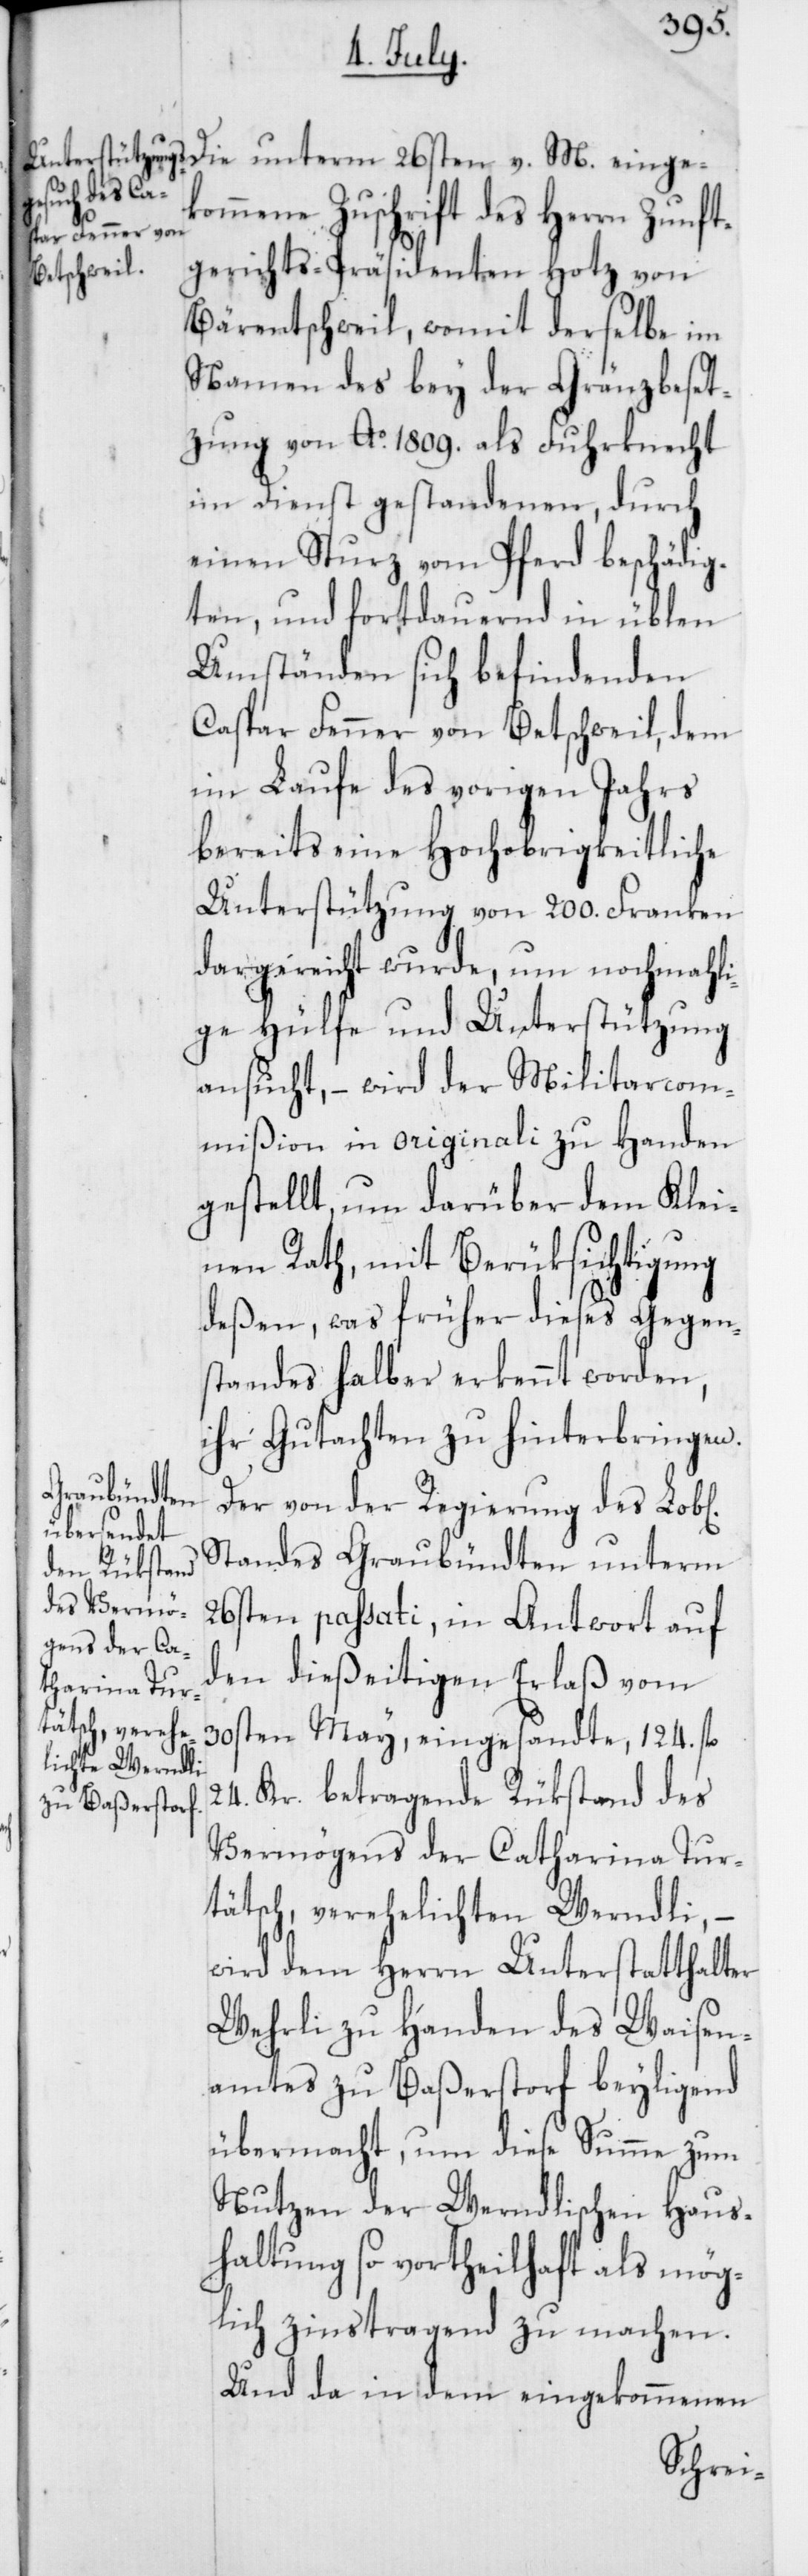
ichen]

Die unterm 26sten v. M. einge¬
kommene Zuschrift des Herrn Zunft¬
gerichts-Präsidenten Hotz von
Bärentschweil, womit derselbe im
Namen des bey der Gränzbeset¬
zung von Ao. 1809. als Fuhrknecht
im Dienst gestandenen, durch
einen Sturz vom Pferd beschädig¬
ten, und fortdauernd in üblen
Umständen sich befindenden
Caspar Fenner von Betschweil, dem
im Laufe des vorigen Jahrs
bereits eine Hochobrigkeitliche
Unterstützung von 200. Franken
dargereicht wurde, um nochmahli¬
ge Hülfe und Unterstützung
ansucht, – wird der Militarcom¬
mißion in originali zu Handen
gestellt, um darüber dem Klei¬
nen Rath, mit Berüksichtigung
deßen, was früher dieses Gegen¬
standes halber erkennt worden,
ihr Gutachten zu hinterbringen.
Der von der Regierung des Lob[l¬
Standes Graubündten unterm
26sten passati, in Antwort auf
den dießeitigen Erlaß vom
30sten May, eingesandte, 124. fl.
24. Kr. betragende Rükstand des
Vermögens der Catharina Tur¬
tätsch, verehelichten Werndli,
wird dem Herrn Unterstatthalter
Wehrli zu Handen des Waisen¬
amtes zu Baßerstorf beyligend
übermacht, um diese Summe zum
Nutzen der Werndlischen Haus¬
haltung so vortheilhaft als mög¬
lich zinstragend zu machen.
Und da in dem eingekommenen